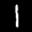
Label: 1